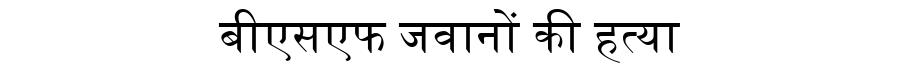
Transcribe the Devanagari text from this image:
बीएसएफ जवानों की हत्या